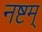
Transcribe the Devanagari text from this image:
नष्टम्